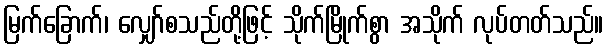
မြက်ခြောက်၊ လျှော်စသည်တို့ဖြင့် သိုက်မြိုက်စွာ အသိုက် လုပ်တတ်သည်။